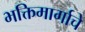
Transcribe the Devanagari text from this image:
भक्तिमार्गाचे